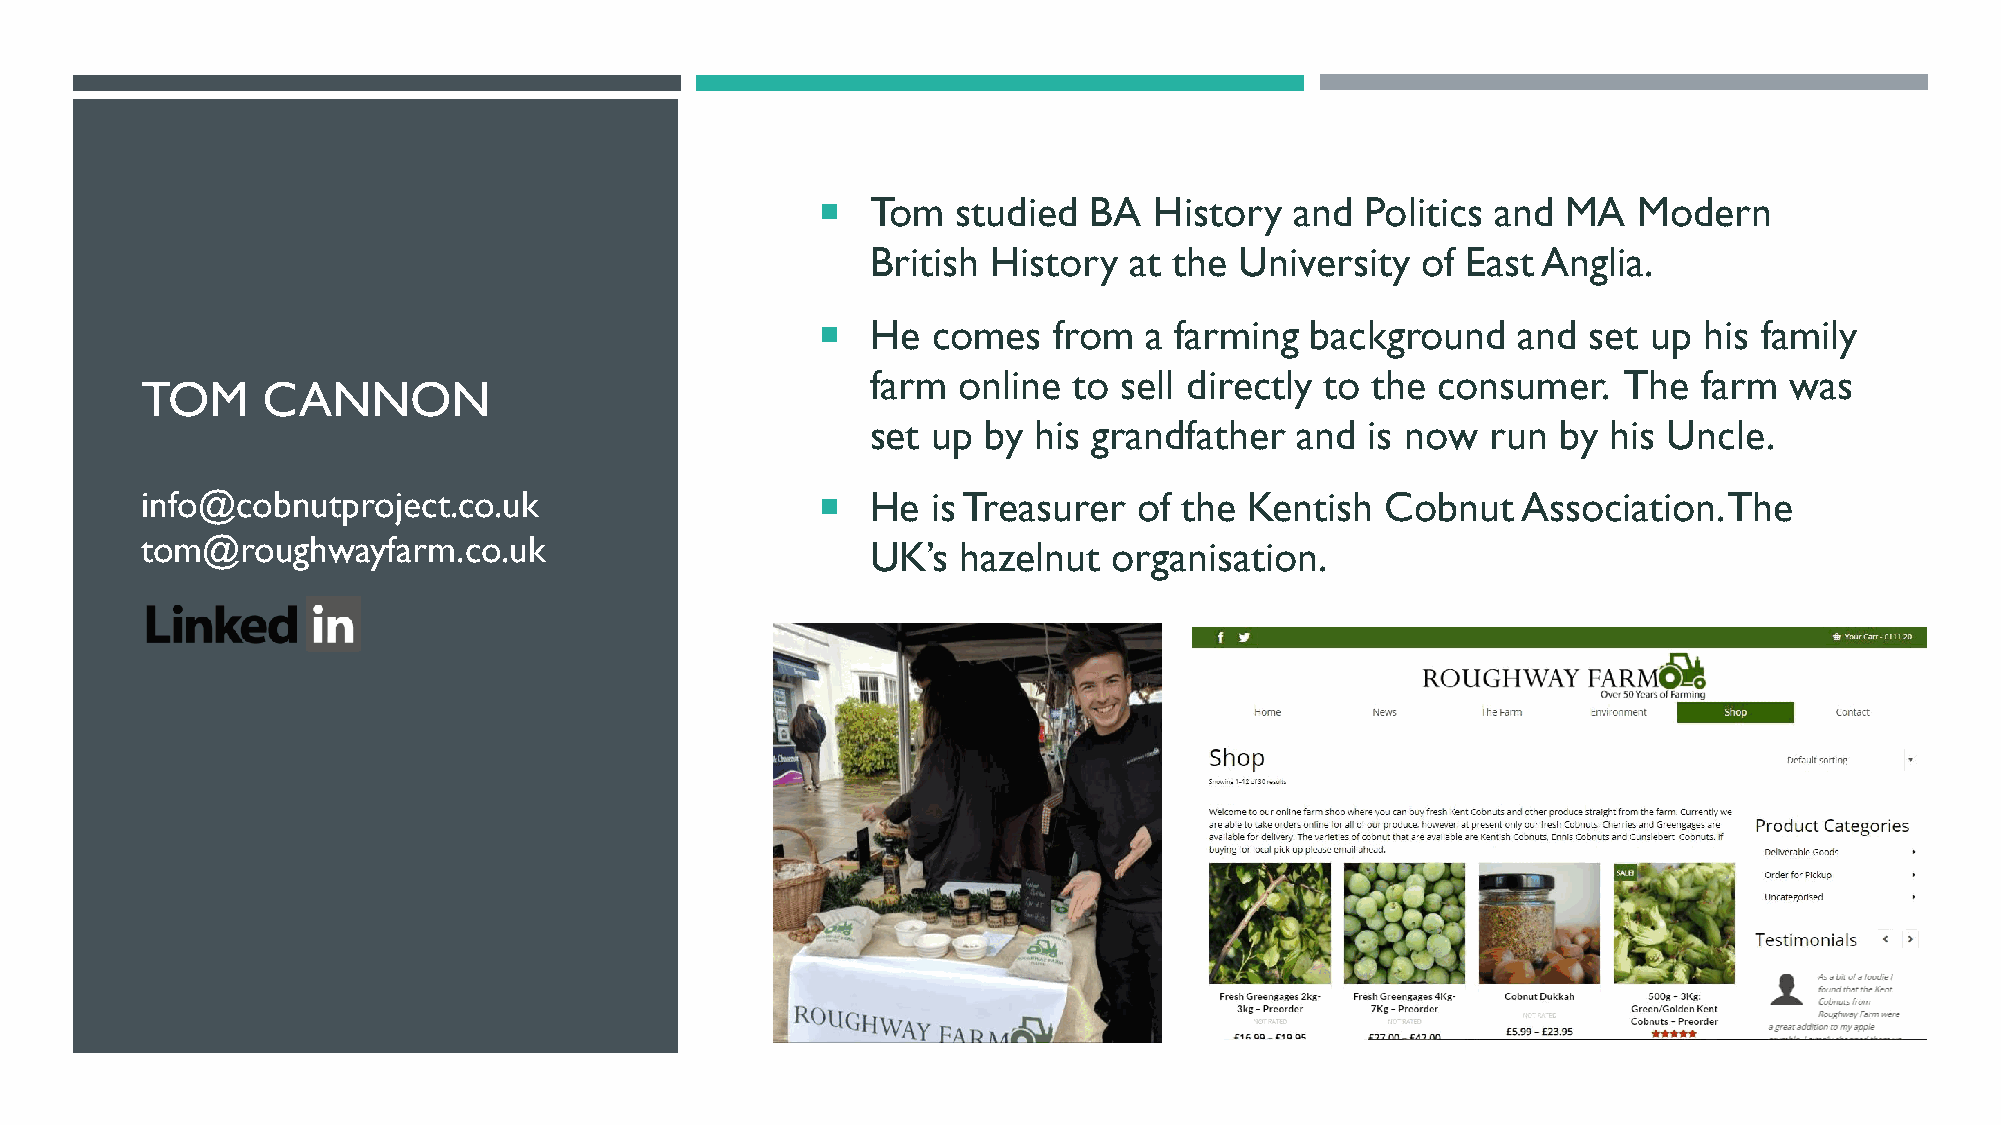
   Tom  studied  BA  History   and Politics and  MA  Modern
 British History  at the University  of East Anglia.
    He  comes   from  a farming  background   and  set up  his family
 farm online  to sell directly to the consumer.   The   farm was
 TOM     CANNON
 set up by his grandfather   and  is now  run by  his Uncle.
 info@cobnutproject.co.uk                        He  is Treasurer of the  Kentish  Cobnut   Association. The
 tom@roughwayfarm.co.uk                           UK’s  hazelnut  organisation.